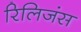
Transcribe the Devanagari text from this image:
रिलिजंस